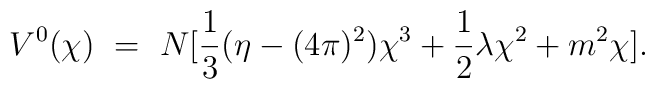
V^0 (\chi) ~=~ N [{1 \over 3} ({\eta - (4 \pi)^2}) \chi^3 + {1 \over 2}\lambda \chi^2 + m^2 \chi].